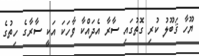
ޔޫހާ ޤަބޫލު ކުރި ގޮތުގައި ސާރާ އެދައްކާ ވާހަކަ އަކީ ސާރާގެ ހިތުގެ